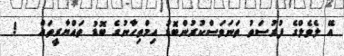
އޭ ލެވެލްގެ ފުރުސަތު ތަނަވަސްކުރުންބޮޑު އިމްތިހާނުގެ ބޮޑު ތައްޔާރީތައް   !